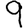
Digit: 9